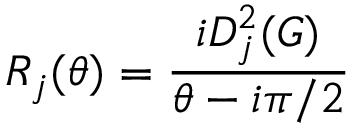
R _ { j } ( \theta ) = \frac { i D _ { j } ^ { 2 } ( G ) } { \theta - i \pi / 2 }